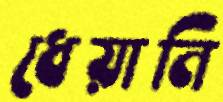
ধেয়ানি